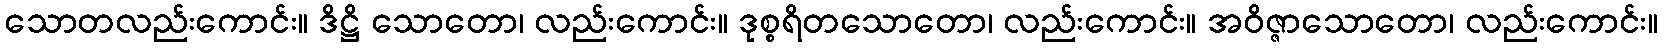
သောတလည်းကောင်း။ ဒိဋ္ဌိ သောတော၊ လည်းကောင်း။ ဒုစ္စရိတသောတော၊ လည်းကောင်း။ အဝိဇ္ဇာသောတော၊ လည်းကောင်း။